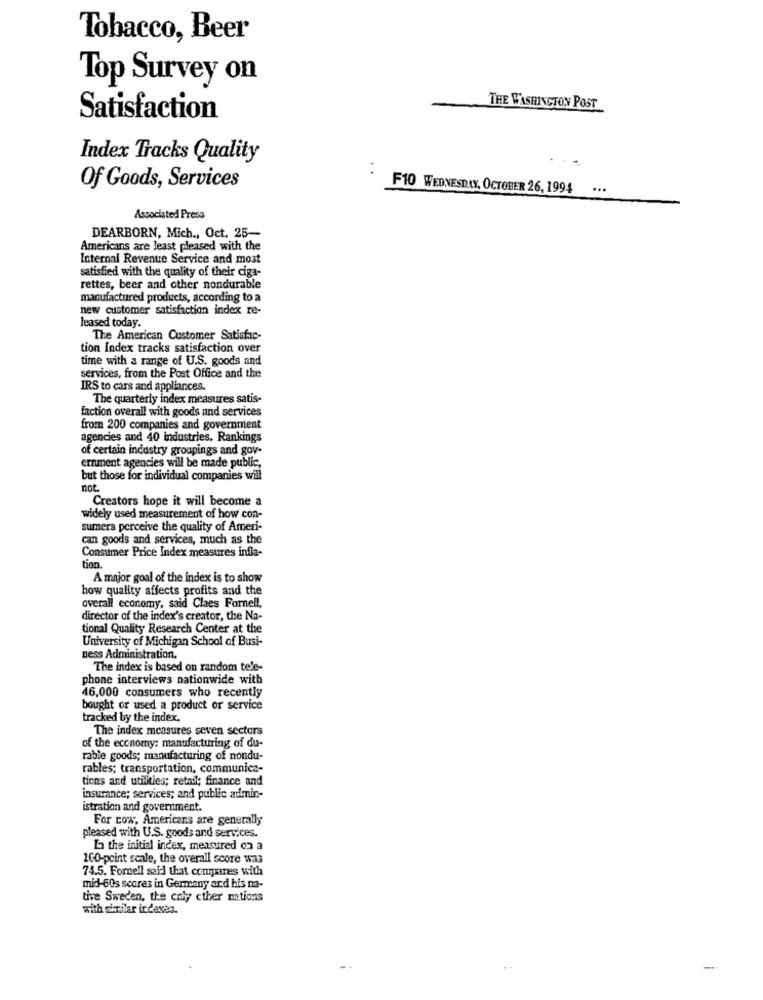
Tobacco, Beer
Top Survey on
THE WASHINGTON POST
Satisfaction
Index Tracks Quality
Of Goods, Services
F10 WEDNESDAY, OCTOBER 26, 1994
...
Associated Press
DEARBORN, Mich ., Oct. 25-
Americans are least pleased with the
Internal Revenue Service and most
satisfied with the quality of their ciga-
rettes, beer and other nondurable
manufactured products, according to a
new customer satisfaction index re-
leased today.
The American Customer Satisfac-
tion Index tracks satisfaction over
time with a range of U.S. goods and
services, from the Post Office and the
IRS to cars and appliances.
The quarterly index measures satis-
faction overall with goods and services
from 200 companies and government
agencies and 40 industries. Rankings
of certain industry groupings and gov-
ernment agencies will be made public,
but those for individual companies will
not.
Creators hope it will become a
widely used measurement of how con-
summers perceive the quality of Ameri-
can goods and services, much as the
Consumer Price Index measures infla-
tion.
A major goal of the index is to show
how quality affects profits and the
overall economy, said Claes Fornell,
director of the index's creator, the Na-
tional Quality Research Center at the
University of Michigan School of Busi-
ness Administration.
The index is based on random tele-
phone interviews nationwide with
46,000 consumers who recently
bought or used a product or service
tracked by the index.
The index measures seven sectors
of the economy: manufacturing of du-
rable goods; manufacturing of nondu-
rables; transportation, communica-
tions and utilities; retail; finance and
insurance; services; and public admin-
istration and government.
For cow, Americans are generally
pleased with U.S. goods and services.
La the initial index, measured on a
100-point scale, the overall score was
74.5. Fornell said that compares with
mid-60s scores in Germany and his na-
tive Sweden, the enly cther nations
with similar indexes.